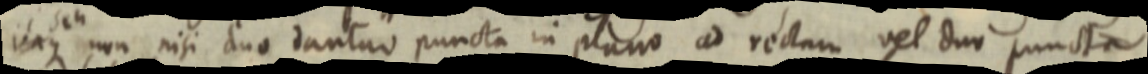
itaque seu non nisi duo dantur puncta in plano ad rectam vel dur puncta1